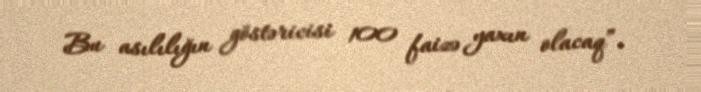
Bu asılılığın göstəricisi 100 faizə yaxın olacaq”.